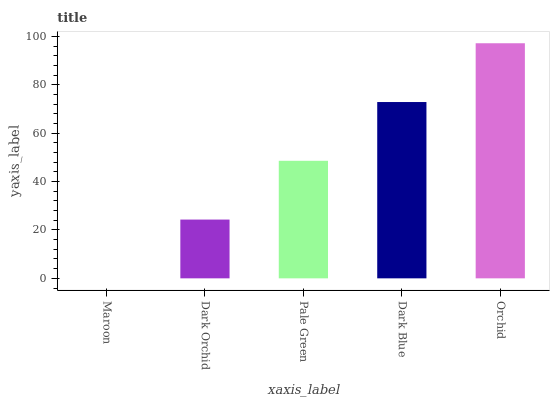
| xaxis_label | bars |
 | --- | --- |
 | Maroon | 0 |
 | Dark Orchid | 24.3 |
 | Pale Green | 48.6 |
 | Dark Blue | 72.9 |
 | Orchid | 97.2 |